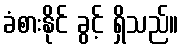
ခံစားနိုင် ခွင့် ရှိသည်။